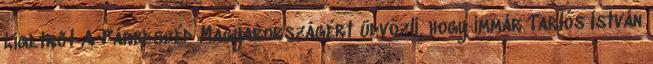
Ligetről A Párbeszéd Magyarországért üdvözli, hogy immár Tarlós István